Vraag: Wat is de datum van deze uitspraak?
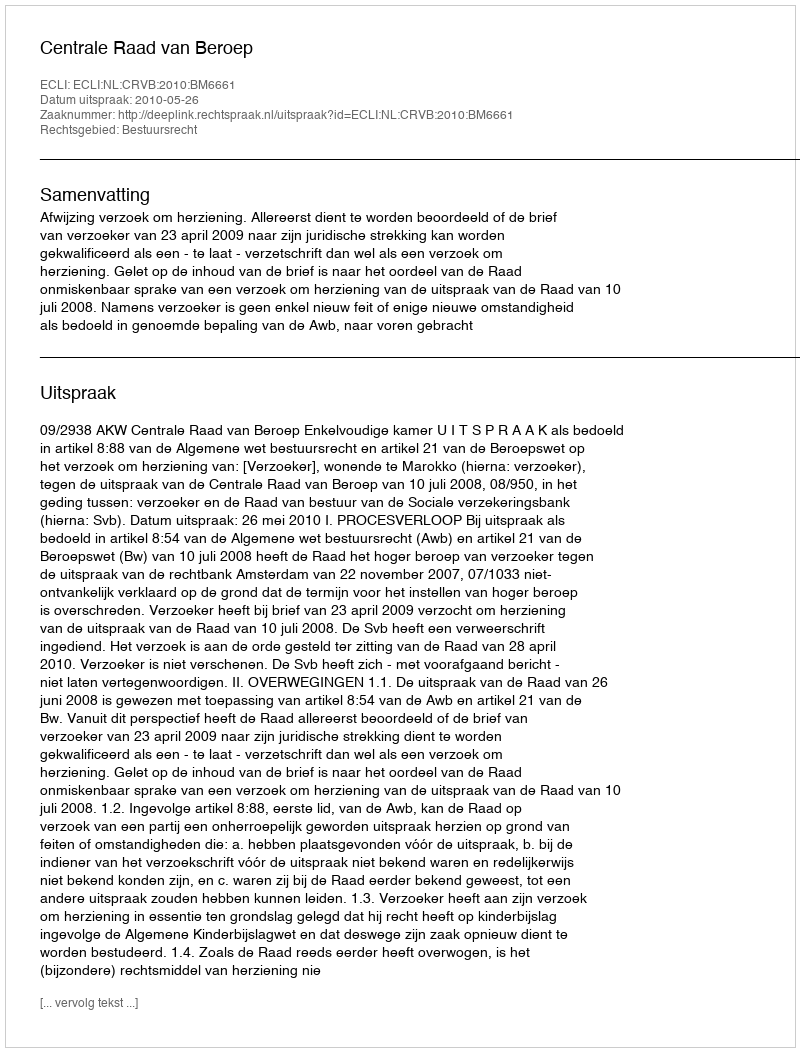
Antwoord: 2010-05-26